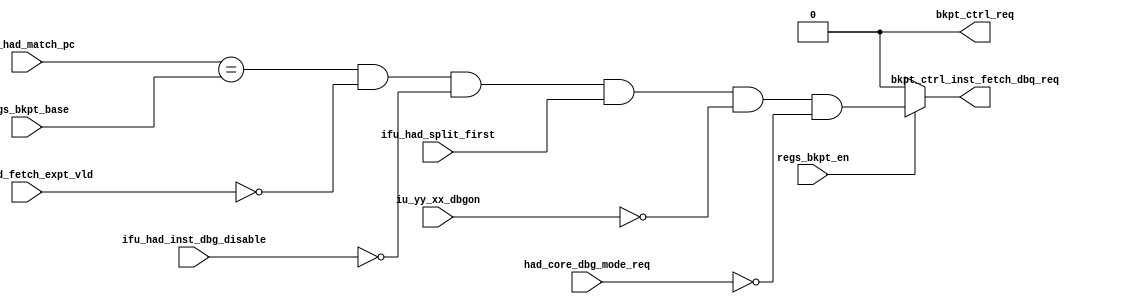
/*Copyright 2018-2021 T-Head Semiconductor Co., Ltd.

Licensed under the Apache License, Version 2.0 (the "License");
you may not use this file except in compliance with the License.
You may obtain a copy of the License at

    http://www.apache.org/licenses/LICENSE-2.0

Unless required by applicable law or agreed to in writing, software
distributed under the License is distributed on an "AS IS" BASIS,
WITHOUT WARRANTIES OR CONDITIONS OF ANY KIND, either express or implied.
See the License for the specific language governing permissions and
limitations under the License.
*/
module cr_had_inst_bkpt_lite(
  bkpt_ctrl_inst_fetch_dbq_req,
  bkpt_ctrl_req,
  had_core_dbg_mode_req,
  ifu_had_fetch_expt_vld,
  ifu_had_inst_dbg_disable,
  ifu_had_match_pc,
  ifu_had_split_first,
  iu_yy_xx_dbgon,
  regs_bkpt_base,
  regs_bkpt_en
);

// &Ports; @23
input           had_core_dbg_mode_req;       
input           ifu_had_fetch_expt_vld;      
input           ifu_had_inst_dbg_disable;    
input   [31:0]  ifu_had_match_pc;            
input           ifu_had_split_first;         
input           iu_yy_xx_dbgon;              
input   [31:0]  regs_bkpt_base;              
input           regs_bkpt_en;                
output          bkpt_ctrl_inst_fetch_dbq_req; 
output          bkpt_ctrl_req;               

// &Regs; @24

// &Wires; @25
wire            bkpt_ctrl_inst_fetch_dbq_req; 
wire            bkpt_ctrl_req;               
wire            bkpt_en;                     
wire            had_core_dbg_mode_req;       
wire            ifu_had_fetch_expt_vld;      
wire            ifu_had_inst_dbg_disable;    
wire    [31:0]  ifu_had_match_pc;            
wire            ifu_had_split_first;         
wire            inst_addr_match;             
wire            inst_bkpt_occur;             
wire            inst_bkpt_vld;               
wire            iu_yy_xx_dbgon;              
wire    [31:0]  regs_bkpt_base;              
wire            regs_bkpt_en;                


assign bkpt_en = regs_bkpt_en;

//==============================================================================
// inst bkpt occur condition (AND):
// 1. inst retire address match
// 2. memory bkpt is enabled;
// 3. the current instruction in EX stage is retiring normally.
//==============================================================================

//assign inst_addr_match = ((ifu_had_match_pc[31:0] & {24'hFF_FFFF, regs_bkpt_mask[7:0]})
//                             == regs_bkpt_base[31:0]);
assign inst_addr_match = (ifu_had_match_pc[31:0] == regs_bkpt_base[31:0]);                             

assign inst_bkpt_occur = inst_addr_match
                         && !ifu_had_fetch_expt_vld
                         && !ifu_had_inst_dbg_disable
                         && ifu_had_split_first
                         && !iu_yy_xx_dbgon
                         && !had_core_dbg_mode_req;
                             

assign inst_bkpt_vld = bkpt_en ? inst_bkpt_occur : 1'b0;

//==============================================================================
// memory bkpt request condition(AND):
// 1. inst_bkpt_vld or data_bkpt_vld or both vld;
// 2. not in debug mode.
//==============================================================================
assign bkpt_ctrl_inst_fetch_dbq_req = inst_bkpt_vld;

assign bkpt_ctrl_req = 1'b0;
// assign bkpt_expt_reset = iu_had_expt_vld;
// 
// //the counter to record the bkpt hit when split
// always @(posedge cpuclk or negedge hadrst_b)
// begin
//   if(!hadrst_b)
//     bkpt_counter <= 1'b0;
//   else if (bkpt_ctrl_req || bkpt_expt_reset)
//     bkpt_counter <= 1'b0;
//   else if (!bkpt_counter && data_bkpt_vld && iu_had_xx_mldst)
//     bkpt_counter <= 1'b1;
//   else
//     bkpt_counter <= bkpt_counter;
// end
// 
// assign data_bkpt_dbg_req   = !bkpt_counter && data_bkpt_vld && !iu_had_xx_mldst;
// 
// assign counter_neg_dbg_req = bkpt_counter && !iu_had_xx_mldst
//                              && iu_had_xx_retire;
// 
// // &Force("output","bkpt_ctrl_req"); @78
// assign bkpt_ctrl_req = (data_bkpt_dbg_req || counter_neg_dbg_req)
//                        && !iu_yy_xx_dbgon
//                        && iu_had_xx_retire_normal
//                        && bkpt_en;

// &ModuleEnd; @84
endmodule